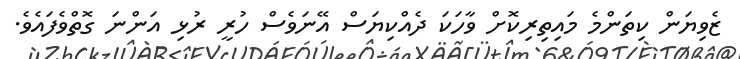
ޒެވިޔަން ކިތަންމެ މައިތިރިކޮށް ވާހަކަ ދެއްކިޔަސް އޭނަވެސް ހުރީ ރުޅި އަންނަ ގޮތްވެފައެވެ.